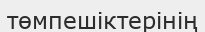
төмпешіктерінің